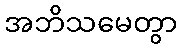
အဘိသမေတွာ